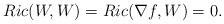
LaTeX: \begin{align*}Ric(W,W)=Ric(\nabla f, W)=0.\end{align*}